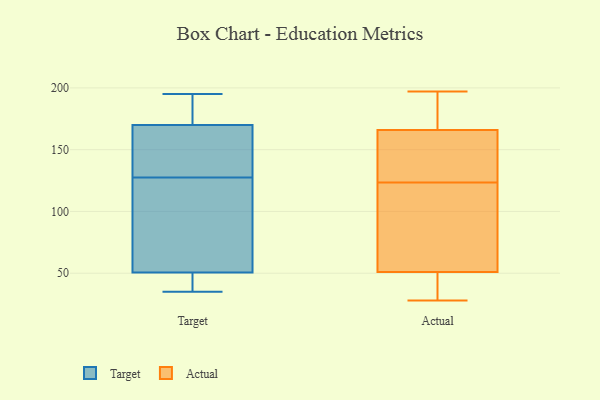
{"axis": {"x": "Humidity (%)", "y": "Value"}, "legend": ["Actual", "Target"], "data": [{"x": "", "y": 174, "type": "Target"}, {"x": "", "y": 44, "type": "Target"}, {"x": "", "y": 194, "type": "Target"}, {"x": "", "y": 162, "type": "Target"}, {"x": "", "y": 39, "type": "Target"}, {"x": "", "y": 120, "type": "Target"}, {"x": "", "y": 35, "type": "Target"}, {"x": "", "y": 166, "type": "Target"}, {"x": "", "y": 135, "type": "Target"}, {"x": "", "y": 57, "type": "Target"}, {"x": "", "y": 77, "type": "Target"}, {"x": "", "y": 195, "type": "Target"}, {"x": "", "y": 96, "type": "Actual"}, {"x": "", "y": 182, "type": "Actual"}, {"x": "", "y": 141, "type": "Actual"}, {"x": "", "y": 51, "type": "Actual"}, {"x": "", "y": 50, "type": "Actual"}, {"x": "", "y": 28, "type": "Actual"}, {"x": "", "y": 105, "type": "Actual"}, {"x": "", "y": 145, "type": "Actual"}, {"x": "", "y": 47, "type": "Actual"}, {"x": "", "y": 193, "type": "Actual"}, {"x": "", "y": 115, "type": "Actual"}, {"x": "", "y": 182, "type": "Actual"}, {"x": "", "y": 166, "type": "Actual"}, {"x": "", "y": 145, "type": "Actual"}, {"x": "", "y": 132, "type": "Actual"}, {"x": "", "y": 50, "type": "Actual"}, {"x": "", "y": 114, "type": "Actual"}, {"x": "", "y": 197, "type": "Actual"}]}